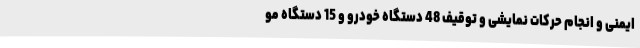
ایمنی و انجام حرکات نمایشی و توقیف 48 دستگاه خودرو و 15 دستگاه مو